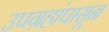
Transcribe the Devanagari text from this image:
उपग्रहांपासून